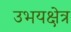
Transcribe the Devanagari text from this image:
उभयक्षेत्र